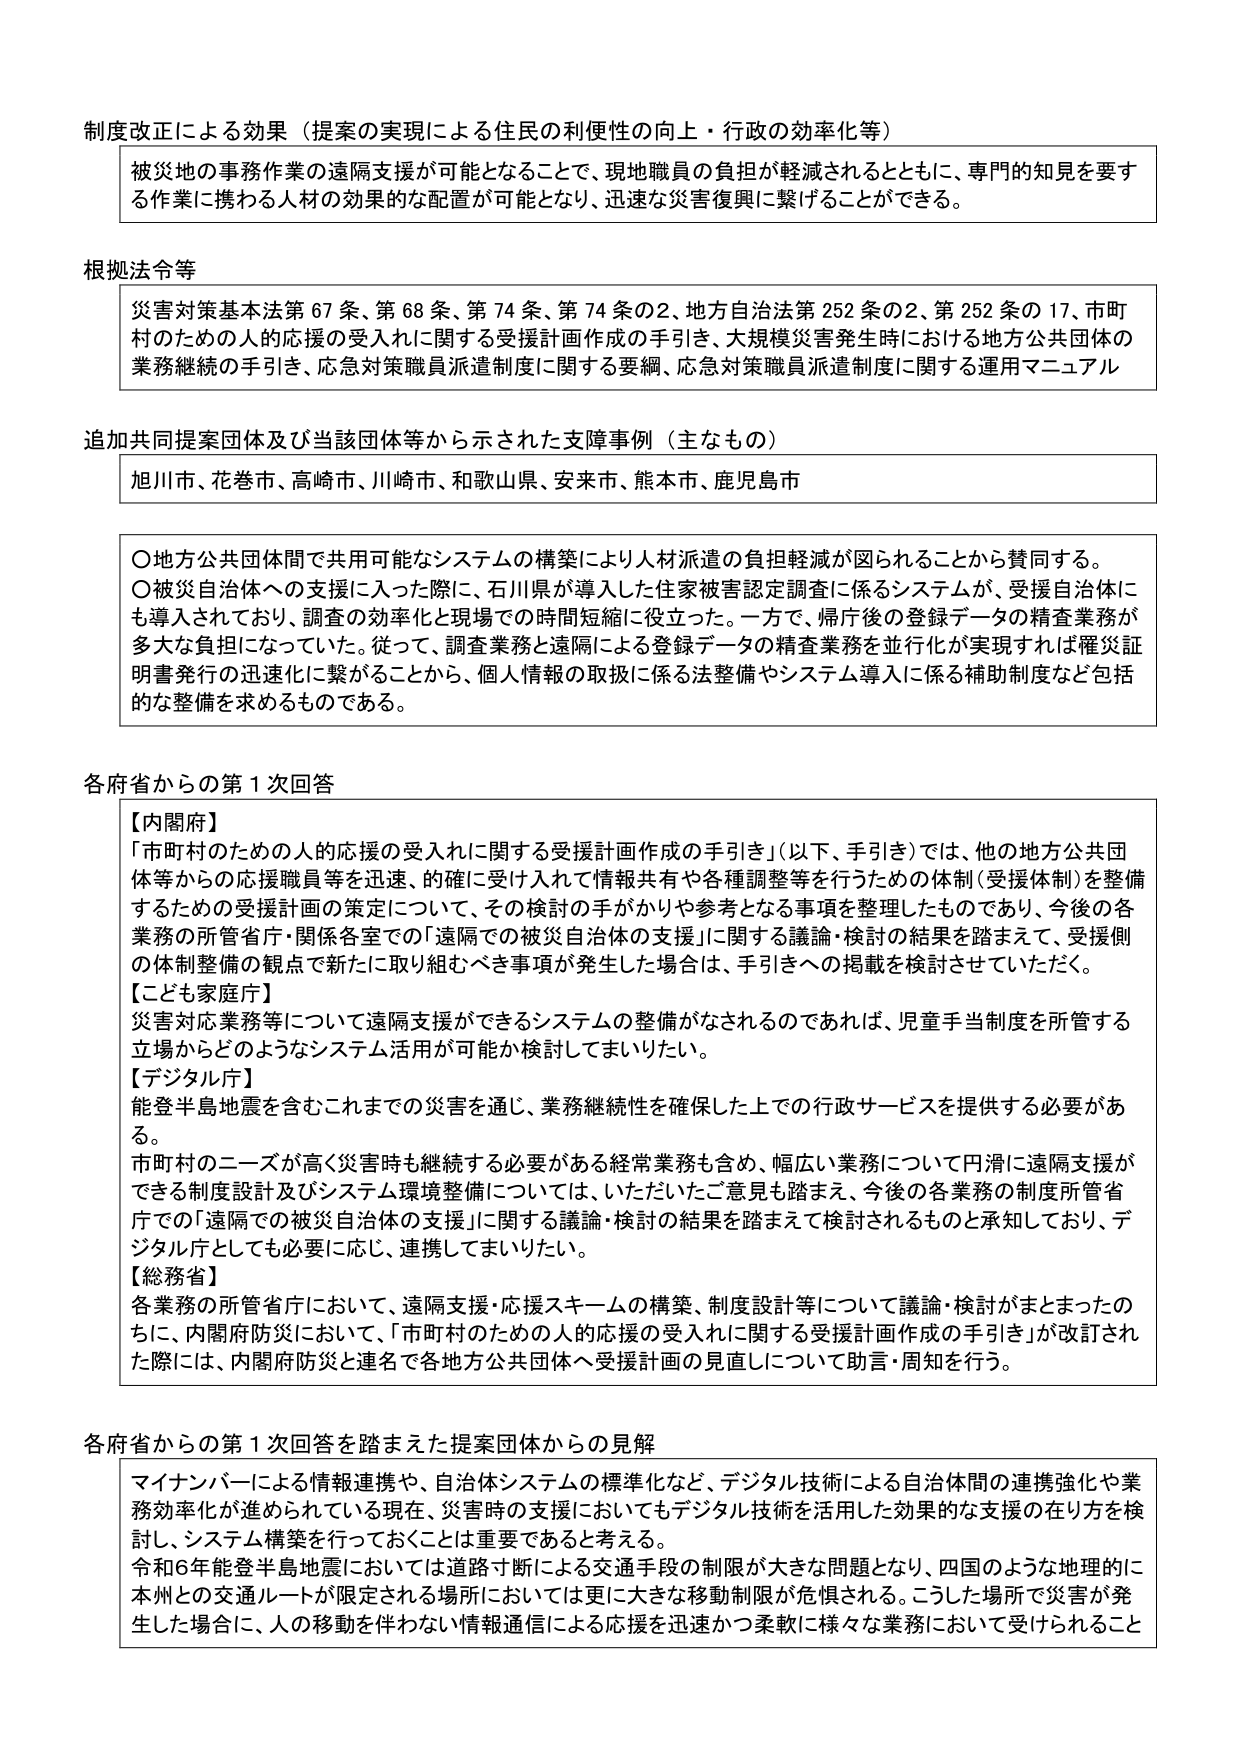
制度改正による効果（提案の実現による住民の利便性の向上・行政の効率化等）
被災地の事務作業の遠隔支援が可能となることで、現地職員の負担が軽減されるとともに、専門的知見を要する作業に携わる人材の効果的な配置が可能となり、迅速な災害復興に繋げることができる。

根拠法令等
災害対策基本法第67条、第68条、第74条、第74条の2、地方自治法第252条の2、第252条の17、市町村のための人的応援の受入れに関する支援計画作成の手引き、大規模災害発生時における地方公共団体の業務継続の手引き、応急対策職員派遣制度に関する要綱、応急対策職員派遣制度に関する運用マニュアル

追加共同提案団体及び当該団体等から示された支援事例（主なもの）
旭川市、花巻市、高崎市、川崎市、和歌山県、安来市、熊本市、鹿児島市

○地方公共団体間で共用可能なシステムの構築により人材派遣の負担軽減が図られることから賛同する。
○被災自治体への支援に入った際に、石川県が導入した住家被害認定調査に係るシステムが、受援自治体にも導入されており、調査の効率化と現場での時間短縮に役立った。一方で、帰庁後の登録データの精査業務が多大な負担になっていた。従って、調査業務と遠隔による登録データの精査業務を並行化が実現すれば罹災証明書発行の迅速化に繋がることから、個人情報の取扱に係る法整備やシステム導入に係る補助制度など包括的な整備を求めるものである。

各府省からの第1次回答
【内閣府】
「市町村のための人的応援の受入れに関する支援計画作成の手引き」（以下、手引き）では、他の地方公共団体等からの応援職員等を迅速、的確に受け入れて情報共有や各種調整等を行うための体制（受援体制）を整備するための支援計画の策定について、その検討の手がかりや参考となる事項を整理したものであり、今後の各業務の所管省庁・関係各室での「遠隔での被災自治体の支援」に関する議論・検討の結果を踏まえて、受援側の体制整備の観点で新たに取り組むべき事項が発生した場合は、手引きへの掲載を検討させていただく。
【こども家庭庁】
災害対応業務等について遠隔支援ができるシステムの整備がなされるのであれば、児童手当制度を所管する立場からどのようなシステム活用が可能か検討してまいりたい。
【デジタル庁】
能登半島地震を含むこれまでの災害を通じ、業務継続性を確保した上での行政サービスを提供する必要がある。
市町村のニーズが高く災害時も継続する必要がある経常業務も含め、幅広い業務について円滑に遠隔支援ができる制度設計及びシステム環境整備については、いただいたご意見を踏まえ、今後の各業務の制度所管省庁での「遠隔での被災自治体の支援」に関する議論・検討の結果を踏まえて検討されるものと承知しており、デジタル庁としても必要に応じ、連携してまいりたい。
【総務省】
各業務の所管省庁において、遠隔支援・応援スキームの構築、制度設計等について議論・検討がまとまったのちに、内閣府防災において、「市町村のための人的応援の受入れに関する支援計画作成の手引き」が改訂された際には、内閣府防災と連名で各地方公共団体へ支援計画の見直しについて助言・周知を行う。

各府省からの第1次回答を踏まえた提案団体からの見解
マイナンバーによる情報連携や、自治体システムの標準化など、デジタル技術による自治体間の連携強化や業務効率化が進められている現在、災害時の支援においてもデジタル技術を活用した効果的な支援の在り方を検討し、システム構築を行っておくことは重要であると考える。
令和6年能登半島地震においては道路寸断による交通手段の制限が大きな問題となり、四国のような地理的に本州との交通ルートが限定される場所においては更に大きな移動制限が危惧される。こうした場所で災害が発生した場合に、人の移動を伴わない情報通信による応援を迅速かつ柔軟に様々な業務において受けられること